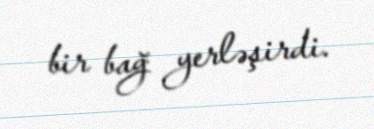
bir bağ yerləşirdi.